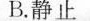
B.静止